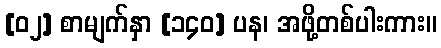
[၀၂] စာမျက်နှာ [၁၄၀] ပန၊ အဖို့တစ်ပါးကား။